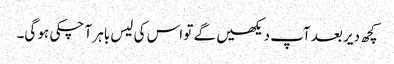
کچھ دیر بعد آپ دیکھیں گے تو اس کی لیس باہر آ چکی ہو گی۔